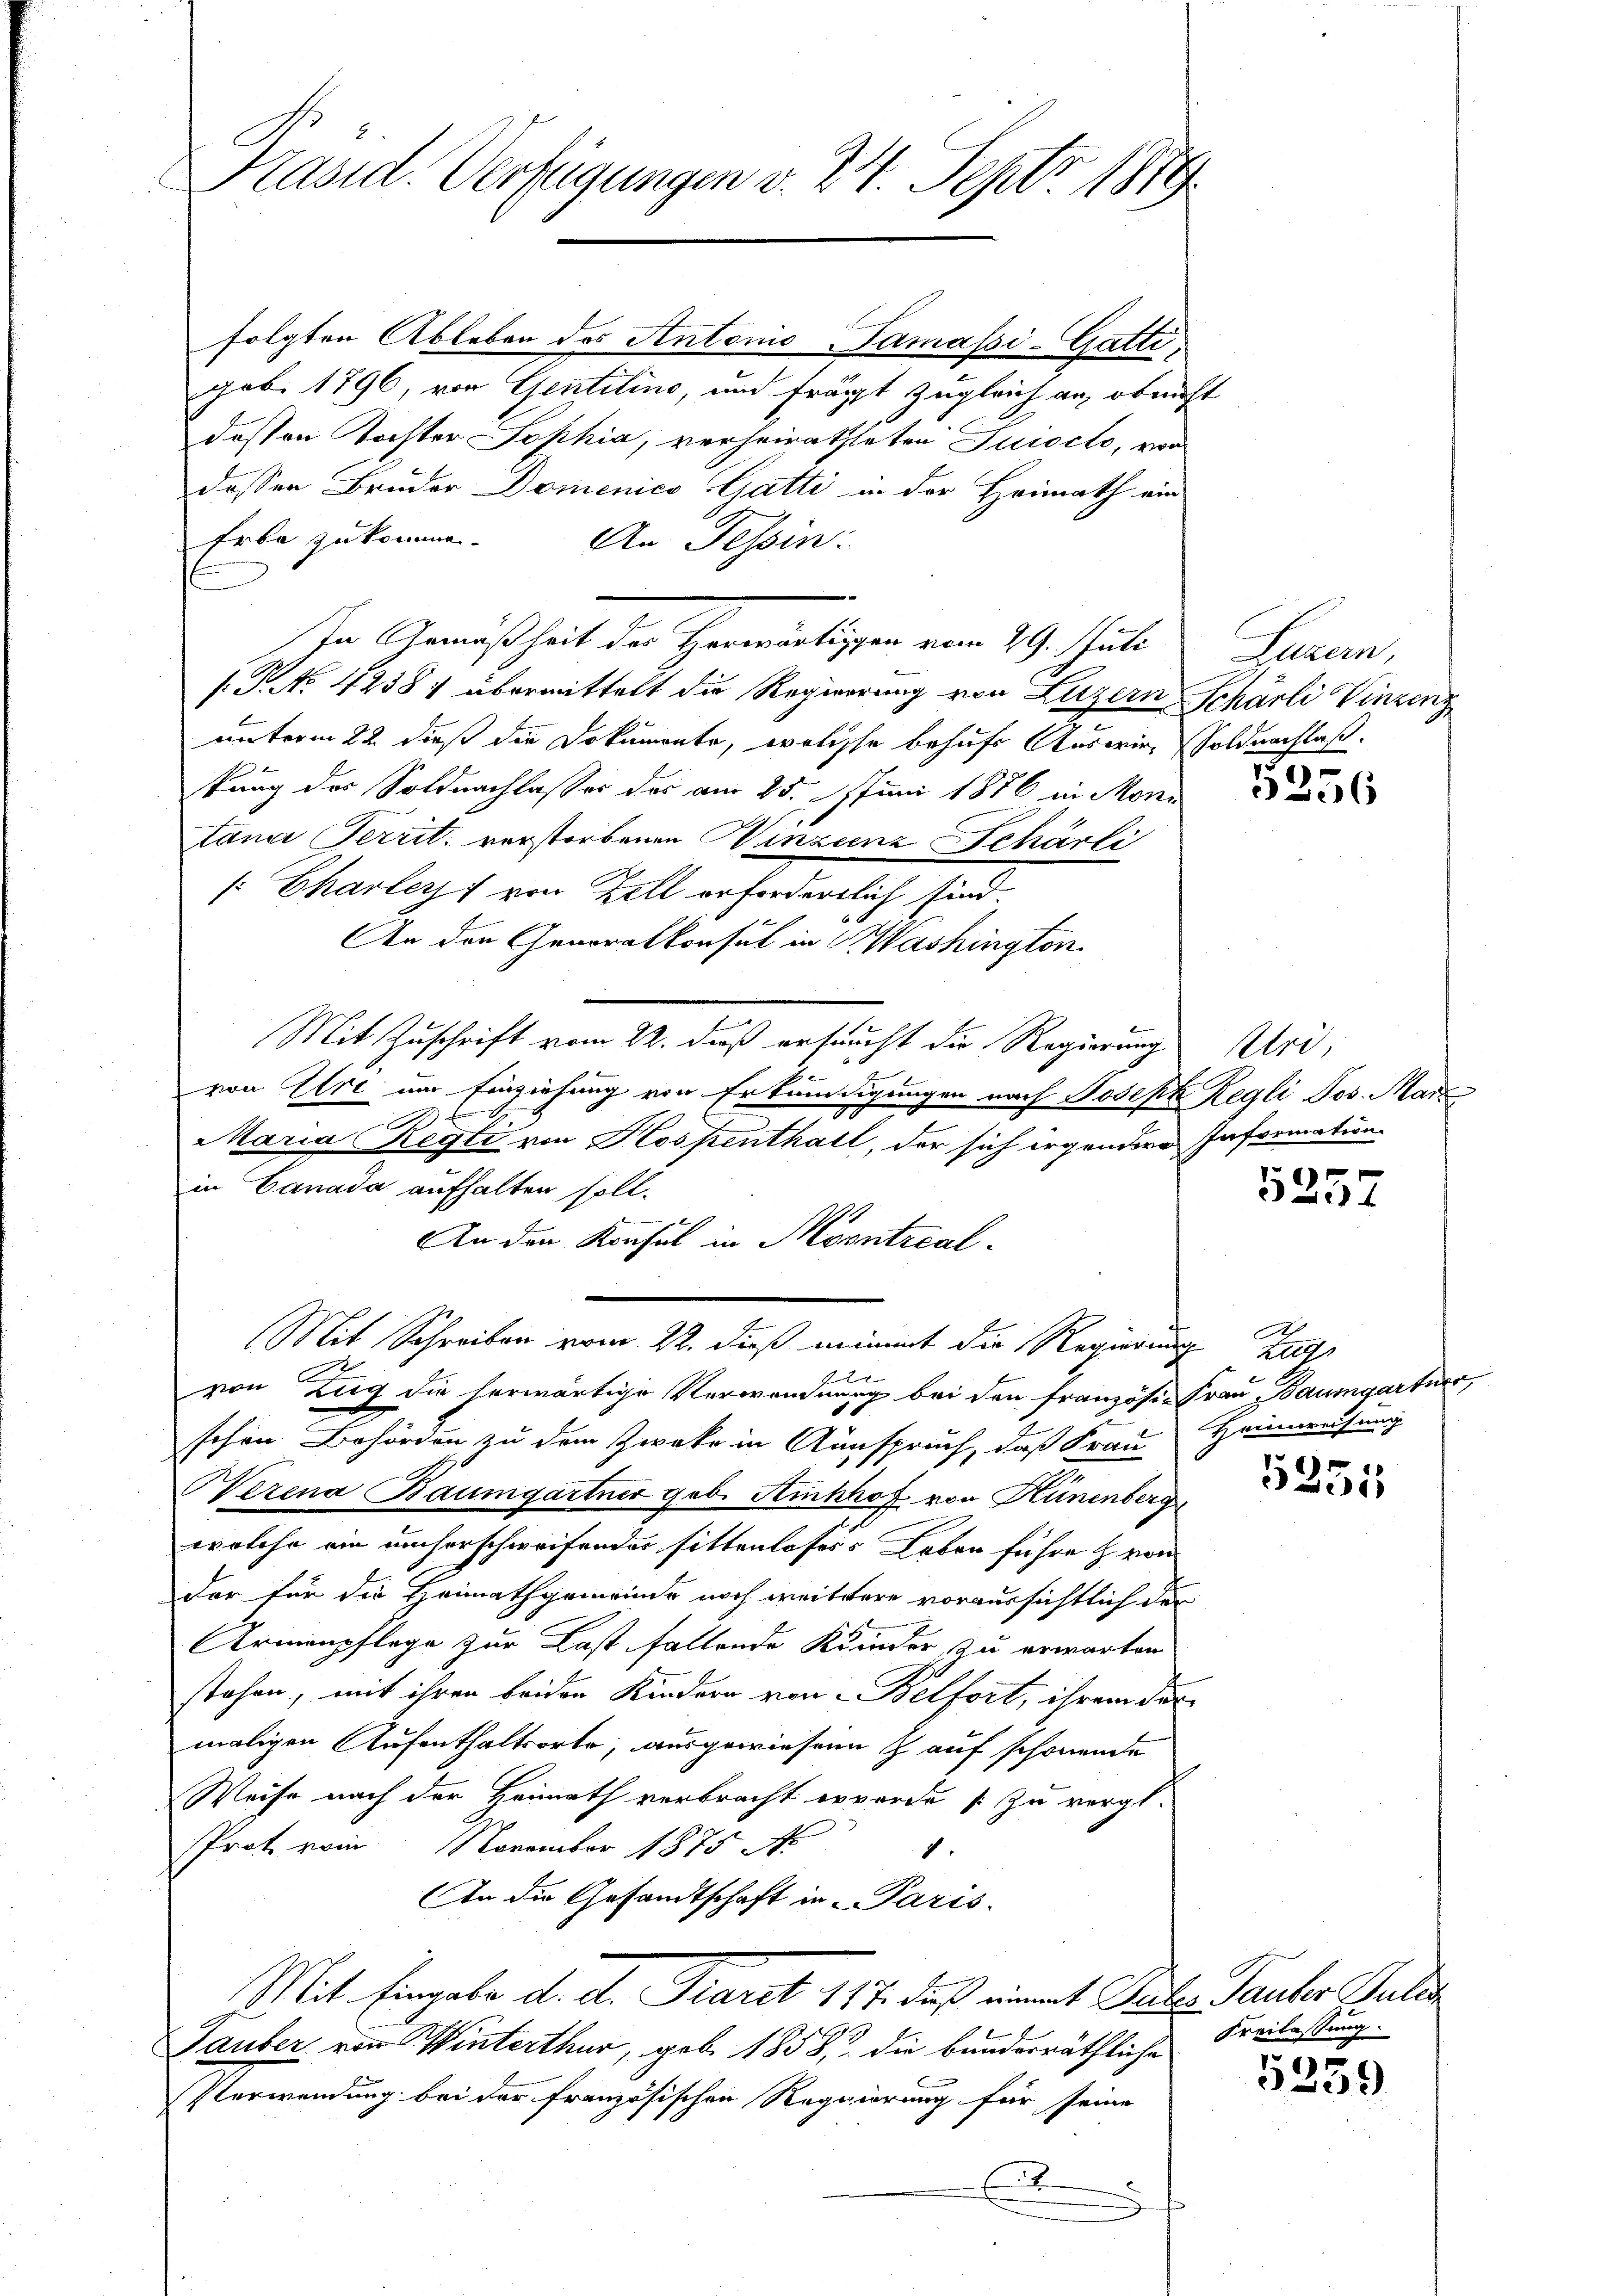
Präsid. Verfügungen v. 24. Septo 1879.

folgten Ableben des Antonio Tamassi-Gatti,
geb. 1796, von Gentilino, und frägt zugleich an, ob nicht
dessen Tochter Sophia, verheiratheten Jucocto, von
dessen Bruder Domenico Gatti in der Heimath ein
Erbe zu kommen.
An Tessin:
In Gemäßheit der Harrartigen vom 29. Juli
.P. No. 42387 übermittelt die Regierung von Luzern Schärli Vinzenz
unterm 22. dieß die Dokumente, welche behufs Auswir, Soldnachlaß.
kung des Soldnachlasses das am 25. Juni 1876 in Moni
tana Perrit, verstorbenen Winzcenz Schärli
[Charley von Zell erforderlich sind.
An der Generalkonsul in Washington
Mit Zuschrift vom 22. daß ersucht die Regierung
s
von Uri um Einziehung von Erkundigungen nach Joseph Regli Jos. Mar
2
Maria egli von Hospenthalt, der sich irgendere Information
in Canada aufhalten soll.
An den Konsul in Montral¬
.
Mit Schreiben vom 22. dieß mit die Regierung
xx
von Zug die herwärtige Verwandnung bei den französi- Frau Baumgartner,
schen Behörden zu dem Zweke in Ainspruch, daß Frau
Werena Baumgartner geb. Hinkhof von Hünenberg
wolche ein umsorschweifendes sittenloses Leben führe von
der für die Heimathgemeinde noch weitere voraussichtlich der
Armenpflege zur Last fallende Kinder zu erwarten
stehen, mit ihren beiden Kindern von Belfort, ihrem der
maligen Aufenthaltsorte, ausgewiesene auf schönende
Weise nach der Heimath verbracht werde zu vergl.
Prot vom November 1875 N
8.
An die Gesandtschaft in Paris.
Mit Eingabe d. d. Mart 117. daß einert Gute Pauker steten
Tauber, von Winterthur, geb. 1858, die bundesräthliche
Verwendung bei der französischen Regierung für seine
.

Luzern,

5256

Uri

5257

A
Heimweisung

5255

Freilassung.

5259